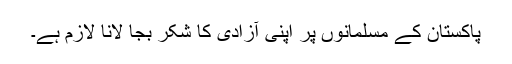
پاکستان کے مسلمانوں پر اپنی آزادی کا شکر بجا لانا لازم ہے۔